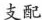
支配